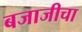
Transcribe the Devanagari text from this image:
बजाजीचा